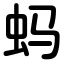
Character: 蚂